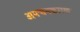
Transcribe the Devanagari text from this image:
अपचनकारक